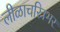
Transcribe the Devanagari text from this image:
लीळाचरित्रभर